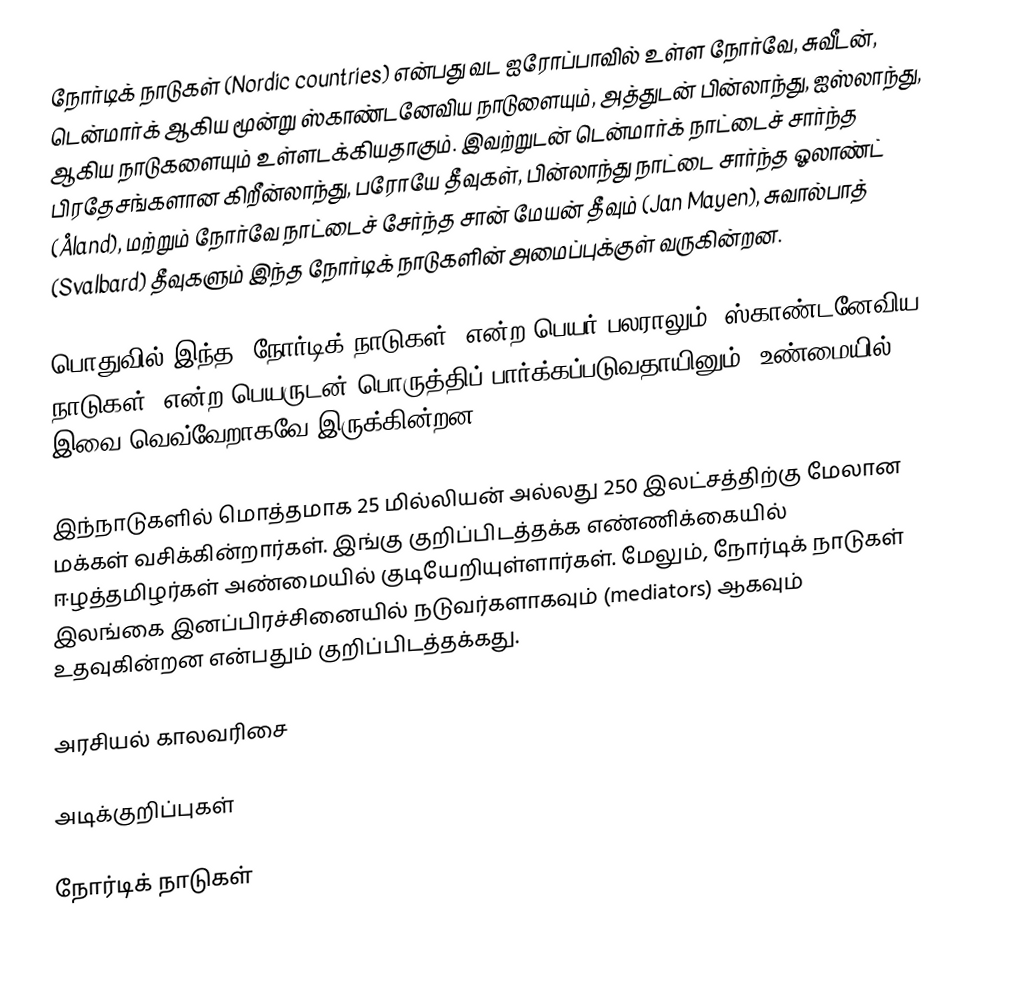
நோர்டிக் நாடுகள் (Nordic countries) என்பது வட ஐரோப்பாவில் உள்ள நோர்வே, சுவீடன், டென்மார்க் ஆகிய மூன்று ஸ்காண்டனேவிய நாடுளையும், அத்துடன் பின்லாந்து, ஐஸ்லாந்து, ஆகிய நாடுகளையும் உள்ளடக்கியதாகும். இவற்றுடன் டென்மார்க் நாட்டைச் சார்ந்த பிரதேசங்களான கிறீன்லாந்து, பரோயே தீவுகள், பின்லாந்து நாட்டை சார்ந்த ஓலாண்ட் (Åland), மற்றும் நோர்வே நாட்டைச் சேர்ந்த சான் மேயன் தீவும் (Jan Mayen), சுவால்பாத் (Svalbard) தீவுகளும் இந்த நோர்டிக் நாடுகளின் அமைப்புக்குள் வருகின்றன.

பொதுவில் இந்த 'நோர்டிக் நாடுகள்' என்ற பெயர் பலராலும் 'ஸ்காண்டனேவிய நாடுகள்' என்ற பெயருடன் பொருத்திப் பார்க்கப்படுவதாயினும், உண்மையில் இவை வெவ்வேறாகவே இருக்கின்றன..

இந்நாடுகளில் மொத்தமாக 25 மில்லியன் அல்லது 250 இலட்சத்திற்கு மேலான மக்கள் வசிக்கின்றார்கள். இங்கு குறிப்பிடத்தக்க எண்ணிக்கையில் ஈழத்தமிழர்கள் அண்மையில் குடியேறியுள்ளார்கள். மேலும், நோர்டிக் நாடுகள் இலங்கை இனப்பிரச்சினையில் நடுவர்களாகவும் (mediators) ஆகவும் உதவுகின்றன என்பதும் குறிப்பிடத்தக்கது.

அரசியல் காலவரிசை

அடிக்குறிப்புகள்

நோர்டிக் நாடுகள்